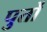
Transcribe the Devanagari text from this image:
पुर्तो